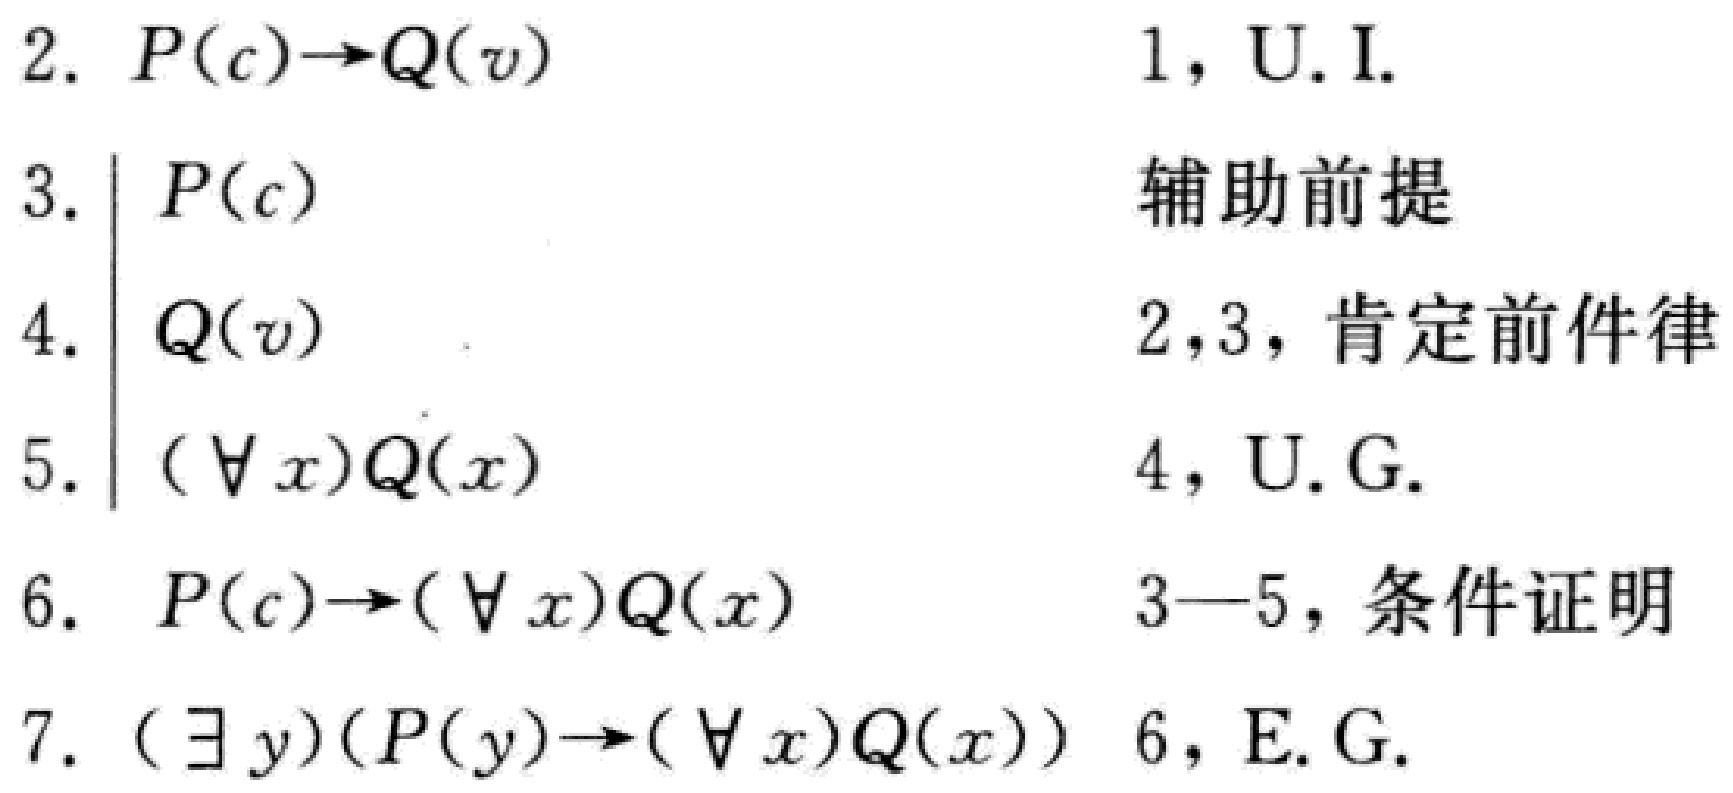
\begin{enumerate}
\item \(P(c)\to Q(v)\) \hfill 1, U.I.
\item \(P(c)\) \hfill 辅助前提
\item \(Q(v)\) \hfill 2,3，肯定前件律
\item \((\forall x)Q(x)\) \hfill 4, U.G.
\item \(P(c)\to(\forall x)Q(x)\) \hfill 3—5，条件证明
\item \((\exists y)(P(y)\to(\forall x)Q(x))\) \hfill 6, E.G.
\end{enumerate}